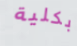
بكلية